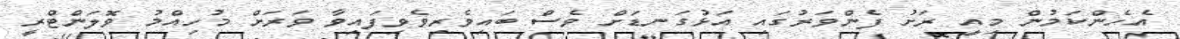
އެހެންކަމުން މިއީ ރަށު ފެންވަރުގައި އަޅުގަނޑަށް ވެސް ބައިވެރިވެވިފައިވާ ވަރަށް މުހިއްމު ވޮލަންޓްރީ